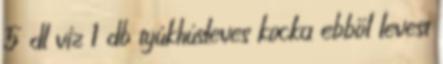
5 dl víz 1 db tyúkhúsleves kocka ebből levest